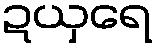
ဍယှရေ